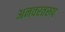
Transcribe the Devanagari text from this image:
अनवरतरूप